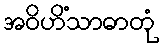
အဝိဟိံသာဓာတုံ